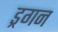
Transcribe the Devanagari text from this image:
ड्रगन